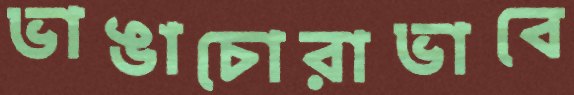
ভাঙাচোরাভাবে